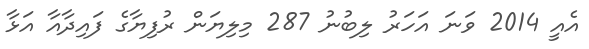
އެއީ 2014 ވަނަ އަހަރު ލިބުނު 287 މިލިޔަން ރުފިޔާގެ ފައިދާއާ އަޅާ